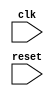
module AHB_bus_controller (
    input wire clk, // input clock signal
    input wire reset, // reset signal
    
    //add other input/output signals as needed
    
);

    // module for generating clock signals
    // module for managing data transfers
    // module for handling addressing
    // module for handling interruption requests
    // module for arbitration mechanisms
    
endmodule